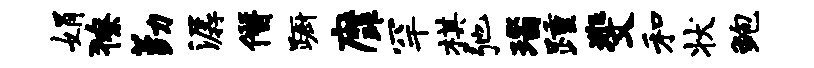
娟獠勤潺僭蹰縻罕棋弛瑙踵斐和状鲍